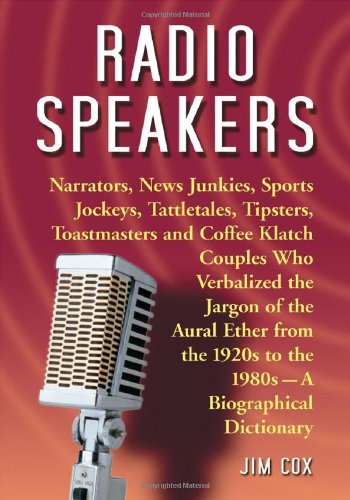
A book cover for Radio Speakers: Narrators, News Junkies, Sports Jockeys, Tattletales, Tipsters, Toastmasters and Coffee Klatch Couples Who Verbalized the Jargon of ... 1920s to the 1980s--A Biographical Dictionary; Jim Cox; Humor & Entertainment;